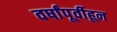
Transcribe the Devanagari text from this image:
वर्षांपूर्वीहून